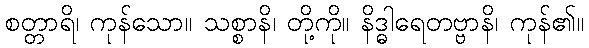
စတ္တာရိ၊ ကုန်သော။ သစ္စာနိ၊ တို့ကို။ နိဒ္ဓါရေတဗ္ဗာနိ၊ ကုန်၏။